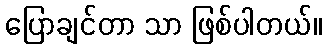
ပြောချင်တာ သာ ဖြစ်ပါတယ်။